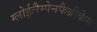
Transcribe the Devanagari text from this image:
ग्लोईलैम्पेनफैब्रीकेन